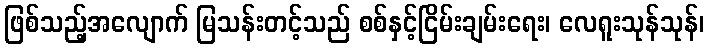
ဖြစ်သည့်အလျောက် မြသန်းတင့်သည် စစ်နှင့်ငြိမ်းချမ်းရေး၊ လေရူးသုန်သုန်၊